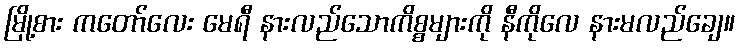
မြို့စား ကတော်လေး မေရီ နားလည်သောကိစ္စများကို နီကိုလေ နားမလည်ချေ။